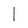
Character: l